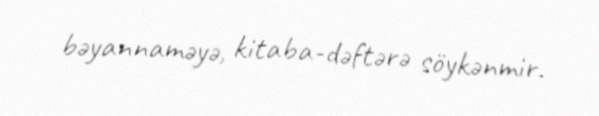
bəyannaməyə, kitaba-dəftərə söykənmir.